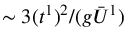
\sim 3 ( t ^ { 1 } ) ^ { 2 } / ( g \bar { U } ^ { 1 } )